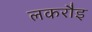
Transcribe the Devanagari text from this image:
लकरौइ